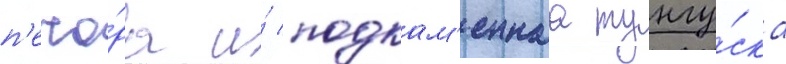
п'ечо́ра и́ подкам'еннаа тунгу́ска